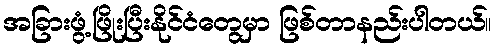
အခြားဖွံ့ဖြိုးပြီးနိုင်ငံတွေမှာ ဖြစ်တာနည်းပါတယ်။